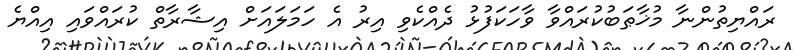
ރައްޔިތުންނާ މުޚާޠަބުކުރައްވާ ވާހަކަފުޅު ދެއްކެވި އިރު އެ ހަމަލައަށް އިޝާރާތް ކުރައްވައި އިއްޔެ